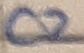
Text: C2